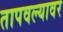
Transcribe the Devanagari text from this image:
तापवल्यावर